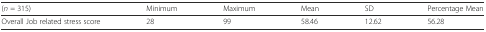
<table><thead><tr><td><b>(<i>n</i> = 315)</b></td><td><b>Minimum</b></td><td><b>Maximum</b></td><td><b>Mean</b></td><td><b>SD</b></td><td><b>Percentage Mean</b></td></tr></thead><tbody><tr><td>Overall Job related stress score</td><td>28</td><td>99</td><td>58.46</td><td>12.62</td><td>56.28</td></tr></tbody></table>